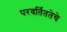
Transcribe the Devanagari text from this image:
परवर्तिततेचे